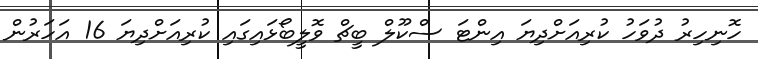
ހޮނިހިރު ދުވަހު ކުރިއަށްދިޔަ އިންޓަ ސްކޫލް ބީޗް ވޮލީބޯޅައިގައި ކުރިއަށްދިޔަ 16 އަހަރުން